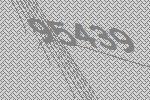
95439